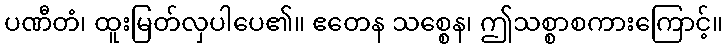
ပဏီတံ၊ ထူးမြတ်လှပါပေ၏။ ဧတေန သစ္စေန၊ ဤသစ္စာစကားကြောင့်။